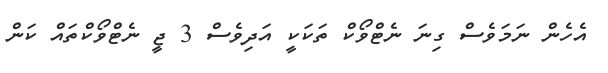
އެހެން ނަމަވެސް ގިނަ ނެޓްވޯކް ތަކަކީ އަދިވެސް 3 ޖީ ނެޓްވޯކްތައް ކަން